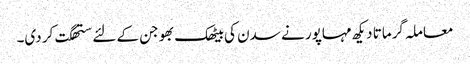
معاملہ گرماتا دیکھ مہاپور نے سدن کی بیٹھک بھوجن کے لئے ستھگت کر دی۔